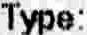
TYPE: